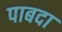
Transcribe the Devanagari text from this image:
पाबदा